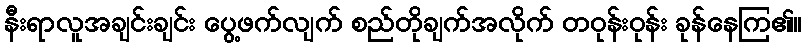
နီးရာလူအချင်းချင်း ပွေ့ဖက်လျက် စည်တိုချက်အလိုက် တဝုန်းဝုန်း ခုန်နေကြ၏။